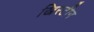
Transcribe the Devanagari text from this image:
ख्रिस्टीन